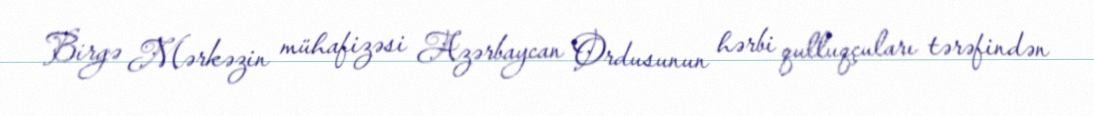
Birgə Mərkəzin mühafizəsi Azərbaycan Ordusunun hərbi qulluqçuları tərəfindən